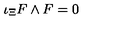
\iota _ { \Xi } F \wedge F = 0